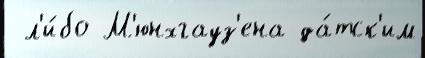
 л'и́бо М'юнхгауз'ена да́тск'им